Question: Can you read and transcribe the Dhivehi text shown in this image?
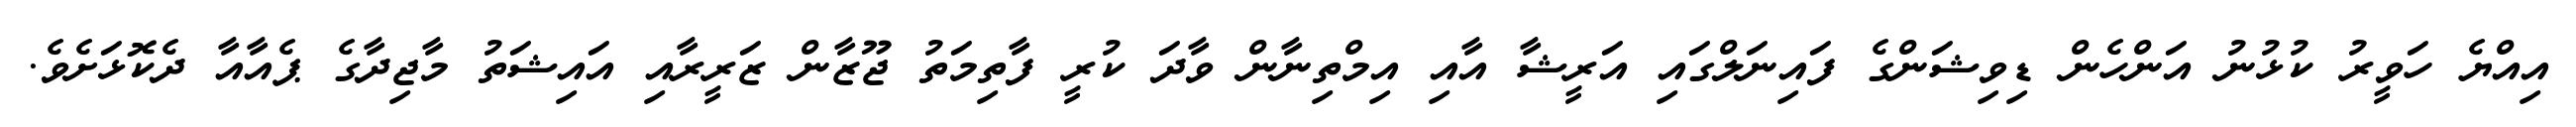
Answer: އިއްޔެ ހަވީރު ކުޅުނު އަންހެން ޑިވިޝަންގެ ފައިނަލްގައި އަރީޝާ އާއި އިމްތިނާން ވާދަ ކުރީ ފާތިމަތު ޖޫޒާން ޒަރީރާއި އައިޝަތު މާޖިދާގެ ޕެއާއާ ދެކޮޅަށެވެ.